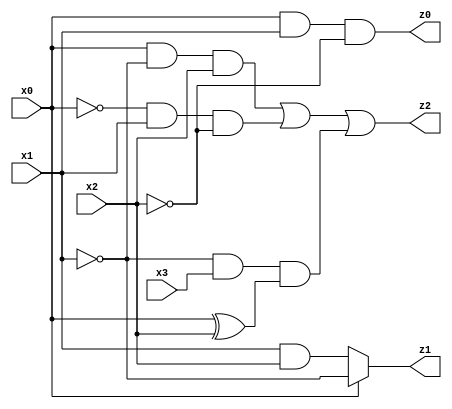
// Benchmark "quot" written by ABC on Mon Jul 10 15:07:54 2023

module quot ( 
    x0, x1, x2, x3,
    z0, z1, z2  );
  input  x0, x1, x2, x3;
  output z0, z1, z2;
  assign z0 = x0 & x1 & ~x2;
  assign z1 = x0 ? ~x1 : (x1 & x2);
  assign z2 = (x0 & ~x1 & x2) | (~x0 & x1 & ~x2) | (~x1 & x3 & (x0 ^ x2));
endmodule